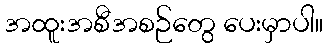
အထူးအစီအစဉ်တွေ ပေးမှာပါ။